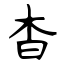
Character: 杳